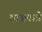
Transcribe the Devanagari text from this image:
वासपात्रे